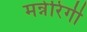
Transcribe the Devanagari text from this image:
मन्नेरिंगी